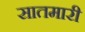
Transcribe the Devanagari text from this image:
सातमारी